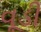
વૂડી